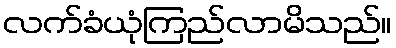
လက်ခံယုံကြည်လာမိသည်။